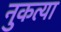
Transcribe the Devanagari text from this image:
नुकत्या